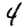
Digit: 4